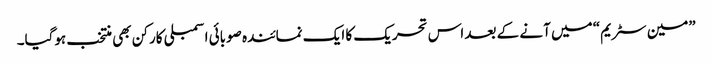
”مین سٹریم“ میں آنے کے بعد اس تحریک کا ایک نمائندہ صوبائی اسمبلی کارکن بھی منتخب ہوگیا۔